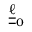
\boldsymbol { \underline { { \underline { { \ell } } } } } _ { 0 }